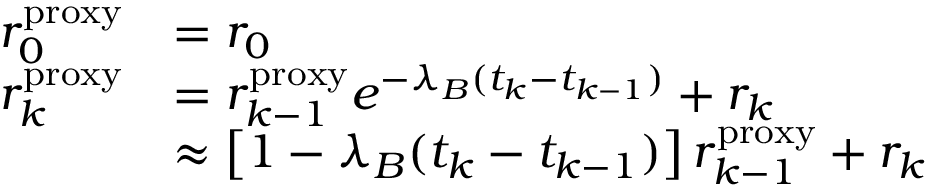
\begin{array} { r l } { r _ { 0 } ^ { \mathrm { p r o x y } } } & { = r _ { 0 } } \\ { r _ { k } ^ { \mathrm { p r o x y } } } & { = r _ { k - 1 } ^ { \mathrm { p r o x y } } e ^ { - \lambda _ { B } ( t _ { k } - t _ { k - 1 } ) } + r _ { k } } \\ & { \approx \left[ 1 - \lambda _ { B } ( t _ { k } - t _ { k - 1 } ) \right] r _ { k - 1 } ^ { \mathrm { p r o x y } } + r _ { k } } \end{array}